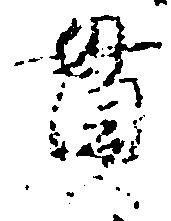
貫